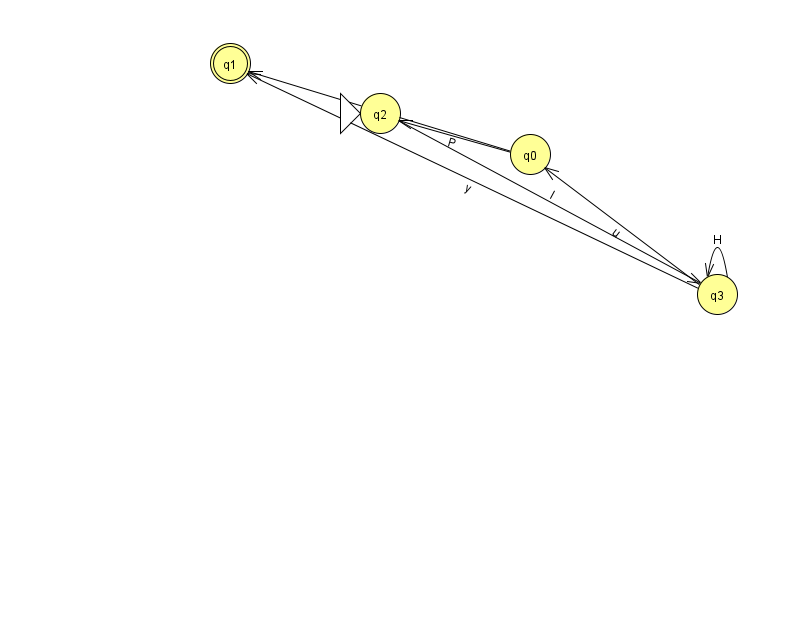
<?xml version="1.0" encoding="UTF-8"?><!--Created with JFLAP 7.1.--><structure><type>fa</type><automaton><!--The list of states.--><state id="0" name="q0"><x>530.0</x><y>141.0</y></state><state id="1" name="q1"><x>230.0</x><y>50.0</y><final/></state><state id="2" name="q2"><x>380.0</x><y>100.0</y><initial/></state><state id="3" name="q3"><x>717.0</x><y>281.0</y></state><!--The list of transitions.--><transition><from>0</from><to>1</to><read>A</read></transition><transition><from>3</from><to>1</to><read>y</read></transition><transition><from>3</from><to>3</to><read>H</read></transition><transition><from>3</from><to>0</to><read>u</read></transition><transition><from>0</from><to>2</to><read>P</read></transition><transition><from>2</from><to>3</to><read>I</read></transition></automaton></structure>